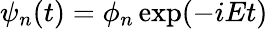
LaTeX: \psi_{n}(t)=\phi_{n}\exp(-iEt)